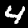
Label: 4